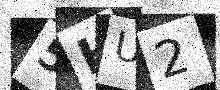
Text: 5HU2